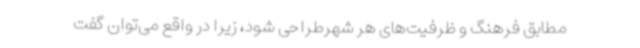
مطابق فرهنگ و ظرفیت‌های هر شهرطراحی شود، زیرا در واقع می‌توان گفت